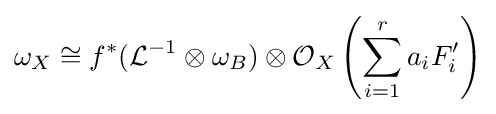
\omega _{X}\cong f^{*}({\mathcal {L}}^{-1}\otimes \omega _{B})\otimes {\mathcal {O}}_{X}\left(\sum _{i=1}^{r}a_{i}F_{i}'\right)